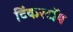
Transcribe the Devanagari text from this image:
टिंकरटॉय